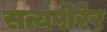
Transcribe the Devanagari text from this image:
सत्यपीरेर